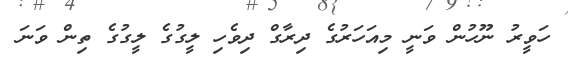
ހަވީރު ނޫހުން ވަނީ މިއަހަރުގެ ދިރާގް ދިވެހި ލީގުގެ ލީގުގެ ތިން ވަނަ